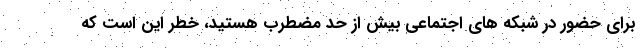
برای حضور در شبکه های اجتماعی بیش از حد مضطرب هستید، خطر این است که